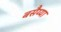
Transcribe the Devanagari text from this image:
बसैय्या